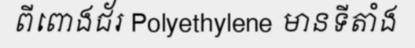
ពីពោងជ័រ Polyethylene មានទីតាំង